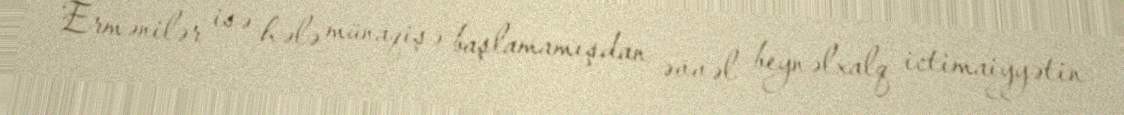
Ermənilər isə hələ münaqişə başlamamışdan əvvəl beynəlxalq ictimaiyyətin